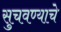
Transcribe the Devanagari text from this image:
सुचवण्याचे